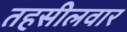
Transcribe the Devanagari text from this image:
तहसीलवार